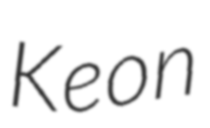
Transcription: Keon